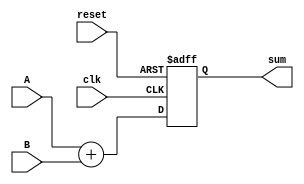
module syncAdder
(
input reset,
input clk,
input [3:0] A,
input [3:0] B,
output reg [4:0] sum

);

always @ (posedge clk or posedge reset)
if(reset==1'b1)
  sum <= 1'b0;
else
  sum <= A + B;


endmodule